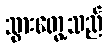
သွားတွေ့သည်